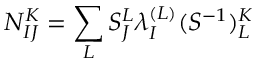
N _ { I J } ^ { K } = \sum _ { L } S _ { J } ^ { L } \lambda _ { I } ^ { ( L ) } ( S ^ { - 1 } ) _ { L } ^ { K }